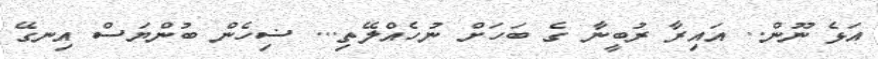
އަޅެ ނޫން.. އައިރާ ރުބީނާ ގެ ބަހަށް ނުހެއްލޭތި... ޟިހެން ބުންޔަސް އިނގޭ